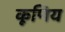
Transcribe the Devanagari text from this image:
कूणिय